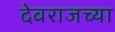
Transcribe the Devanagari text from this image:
देवराजच्या